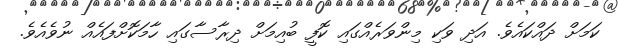
ކަމަށް ދައްކައެވެ. އަދި ވަކި މިންވަރެއްގައި ކޮފީ ބުއިމަށް ދިރާސާގައި ހާމަކޮށްފައެއް ނުވެއެވެ.